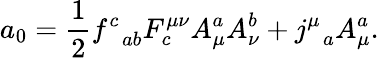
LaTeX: a_{0}=\frac{1}{2}f_{\; \; ab}^{c}F_{c}^{\mu\nu}A_{\mu}^{a}A_{\nu}^{b}+j_{\; \; a}^{\mu}A_{\mu}^{a}.